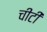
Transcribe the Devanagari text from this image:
चीटीं